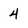
Character: 4